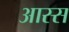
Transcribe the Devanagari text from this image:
आस्स